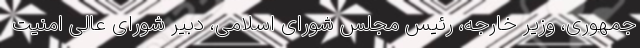
جمهوری، وزیر خارجه، رئیس مجلس شورای اسلامی، دبیر شورای عالی امنیت